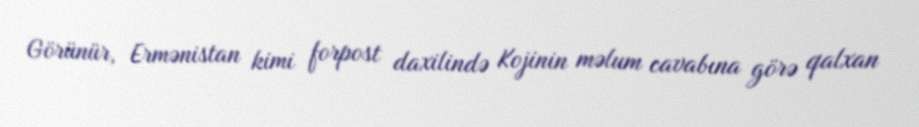
Görünür, Ermənistan kimi forpost daxilində Kojinin məlum cavabına görə qalxan